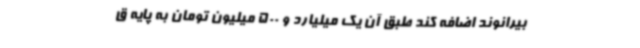
بیرانوند اضافه کند طبق آن یک میلیارد و 500 میلیون تومان به پایه ق